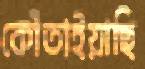
কোঁতাইয়াছি